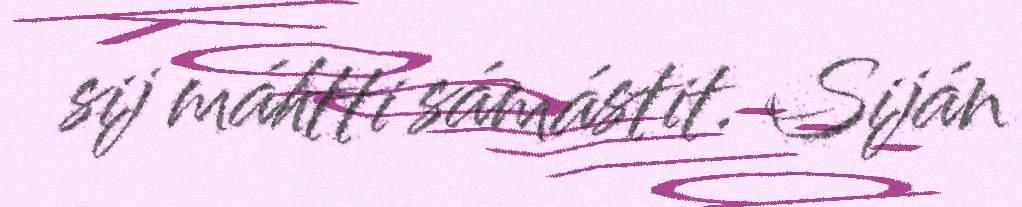
sij máhtti sámástit. Siján